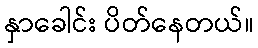
နှာခေါင်း ပိတ်နေတယ်။